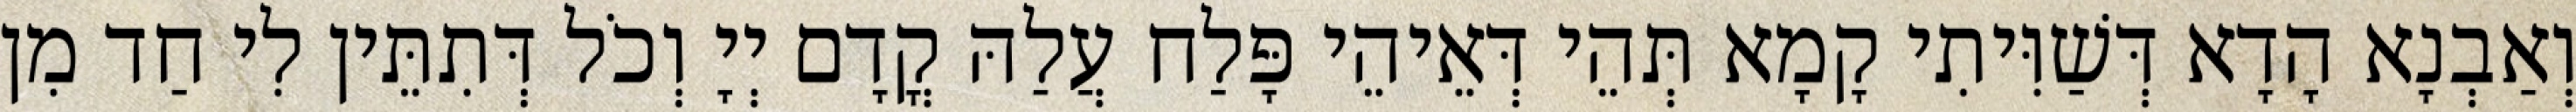
וְאַבְנָא הָדָא דְּשַׁוִּיתִי קָמָא תְּהֵי דְּאֵיהֵי פָּלַח עֲלַהּ קֳדָם יְיָ וְכֹל דְּתִתֵּין לִי חַד מִן